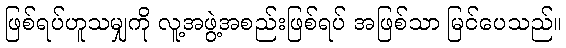
ဖြစ်ရပ်ဟူသမျှကို လူ့အဖွဲ့အစည်းဖြစ်ရပ် အဖြစ်သာ မြင်ပေသည်။